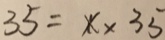
3 5 = x \times 3 5